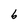
Character: b